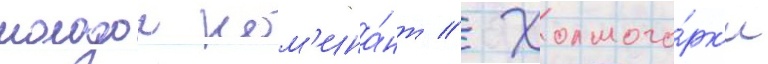
молодои ном'ина́нт // Холмого́рк'и